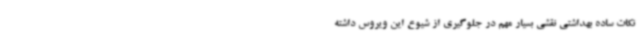
نکات ساده بهداشتی نقشی بسیار مهم در جلوگیری از شیوع این ویروس داشته